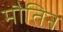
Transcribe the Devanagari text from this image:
मौतिन